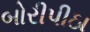
બોરીપીઠા